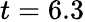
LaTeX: t=6.3